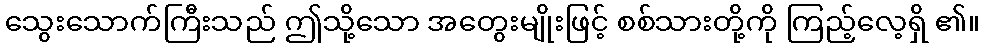
သွေးသောက်ကြီးသည် ဤသို့သော အတွေးမျိုးဖြင့် စစ်သားတို့ကို ကြည့်လေ့ရှိ ၏။